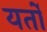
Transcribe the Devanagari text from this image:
यर्तों